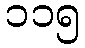
၁၁၅